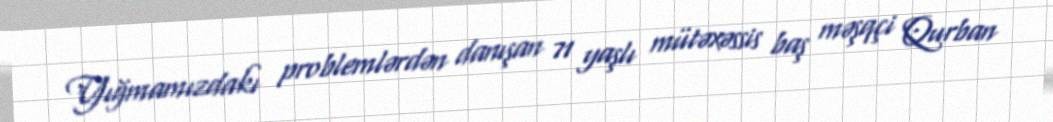
Yığmamızdakı problemlərdən danışan 71 yaşlı mütəxəssis baş məşqçi Qurban